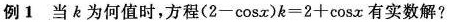
例1当k为何值时，方程$$( 2 - \cos x ) k = 2 + \cos x$$有实数解?